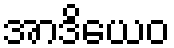
အာဒိယေဝ